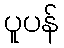
ပူပန်